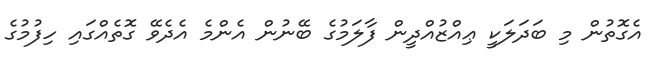
އެގޮތުން މި ބަދަލަކީ ޢިއްޒުއްދީން ފާލަމުގެ ބޭނުން އެންމެ އެދެވޭ ގޮތެއްގައި ހިފުމުގެ